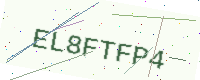
Text: EL8FTFP4